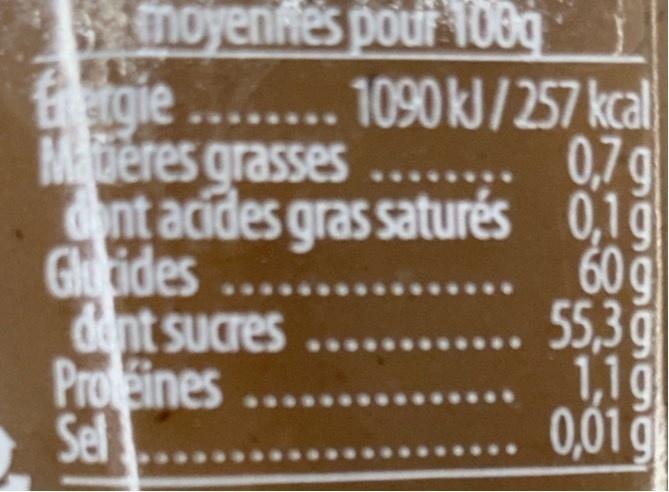
moyenffes pout 108g tgie . 1090KJ/ 257 kcal Mberes grasses ent acides gras saturés 0,1g Gluides dent sucres Proeines Sel
0,7g
60 g 55,3 g 1,1g 0,01 g